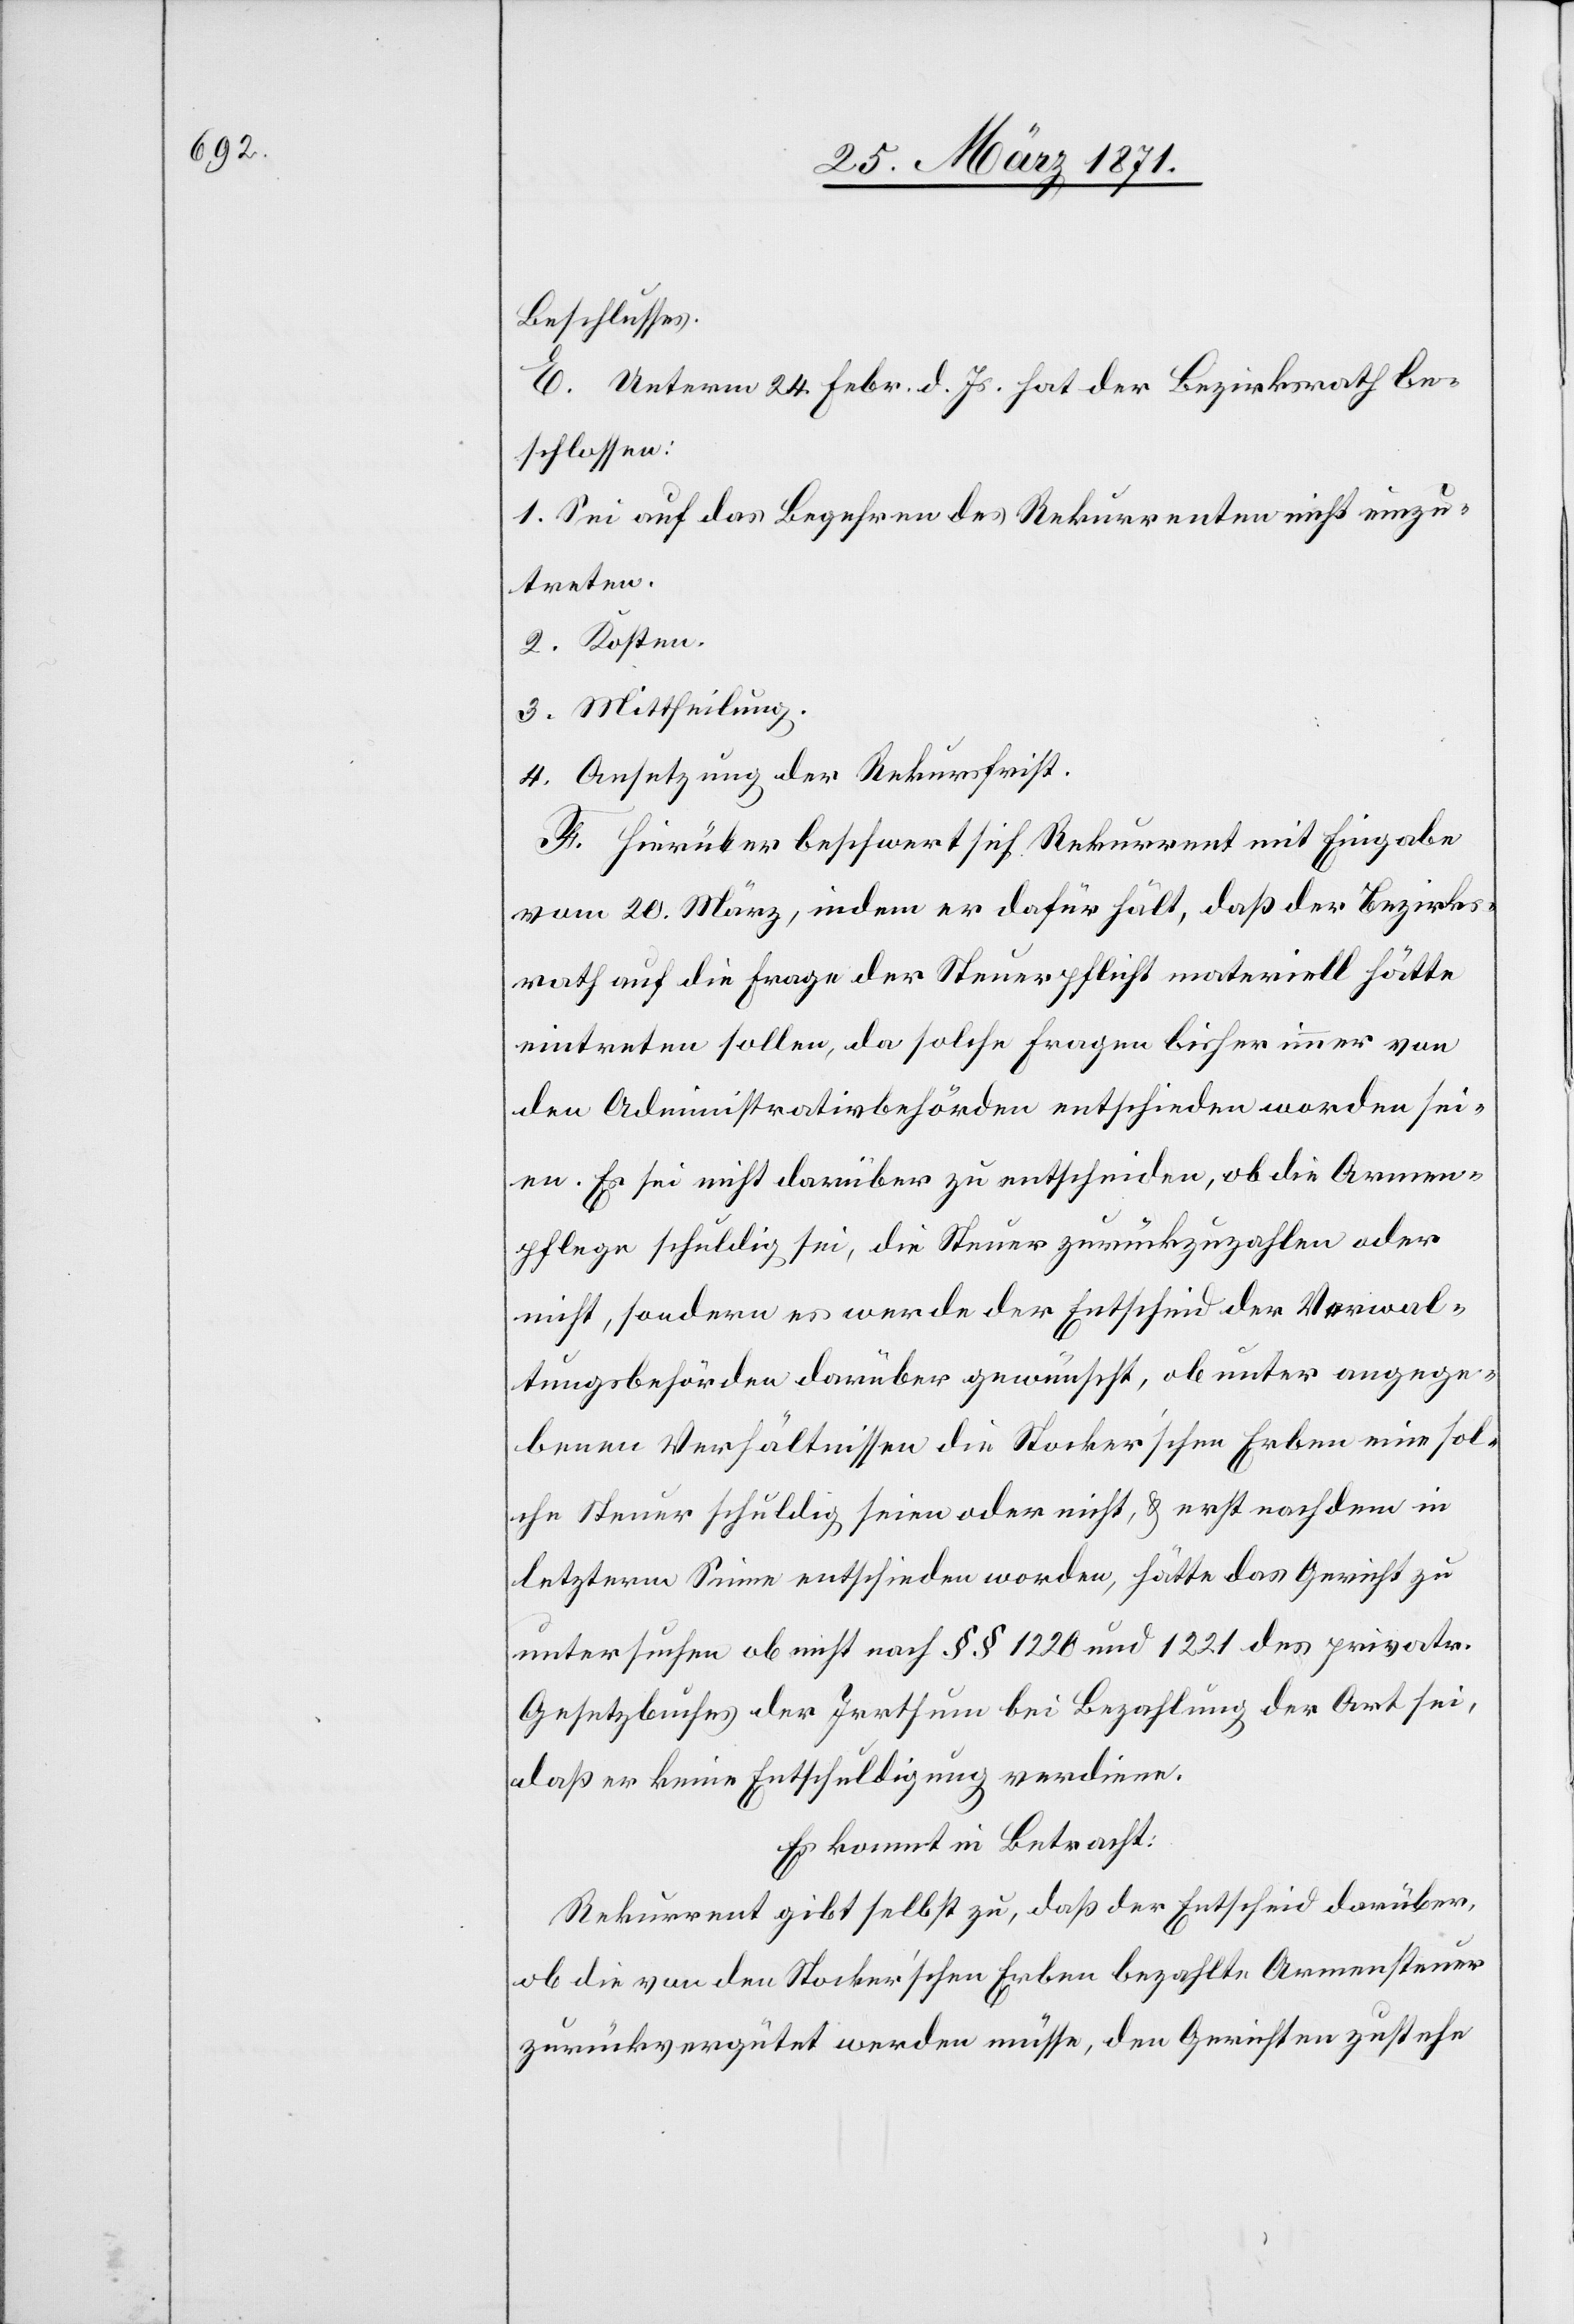
Beschlusses.
E. Unterm 24. Febr. d. Js. hat der Bezirksrath be¬
schlossen:
1. Sei auf das Begehren des Rekurrenten nicht einzu¬
treten.
2. Kosten.
3. Mittheilung.
4. Ansetzung der Rekursfrist.
F. Hierüber beschwert sich Rekurrent mit Eingabe
vom 20. März, indem er dafür hält, daß der Bezirks¬
rath auf die Frage der Steuerpflicht materiell hätte
eintreten sollen, da solche Fragen bisher immer von
den Administrativbehörden entschieden worden sei¬
en. Es sei nicht darüber zu entscheiden, ob die Armen¬
pflege schuldig sei, die Steuer zurückzuzahlen oder
nicht, sondern es werde der Entscheid der Verwal¬
tungsbehörden darüber gewünscht, ob unter angege¬
benen Verhältnissen die Stocker’schen Erben eine sol¬
che Steuer schuldig seien oder nicht, u. erst nachdem in
letzterm Sinne entschieden worden, hätte das Gericht zu
untersuchen ob nicht nach §§ 1220 und 1221 des privatr.
Gesetzbuches der Irrthum bei Bezahlung der Art sei,
daß er keine Entschuldigung verdiene.
Es kommt in Betracht:
Rekurrent gibt selbst zu, daß der Entscheid darüber,
ob die von den Stocker’schen Erben bezahlte Armensteuer
zurückvergütet werden müsse, den Gerichten zustehe